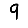
Digit: 9